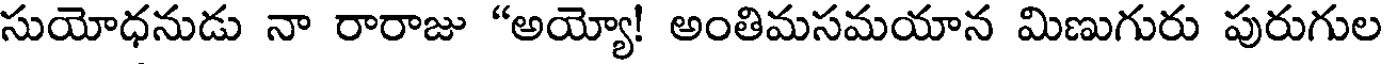
సుయోధనుడు నా రారాజు "అయ్యో! అంతిమసమయాన మిణుగురు పురుగుల